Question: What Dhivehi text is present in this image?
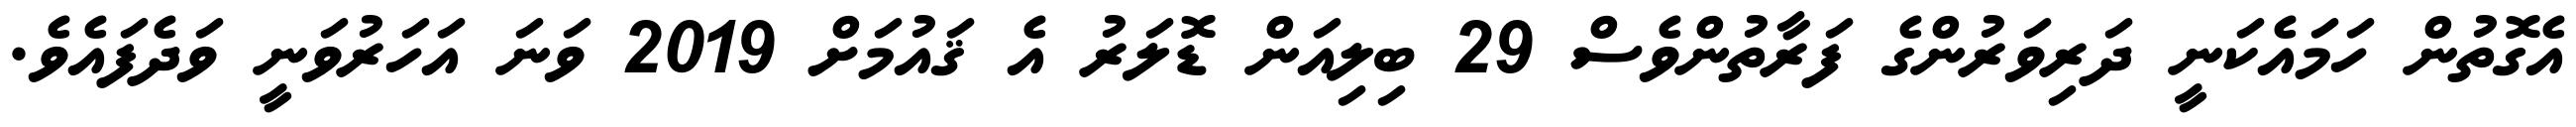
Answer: އެގޮތުން ހަމައެކަނީ ދަރިވަރުންގެ ފަރާތުންވެސް 29 ބިލިއަން ޑޮލަރު އެ ޤައުމަށް 2019 ވަނަ އަހަރުވަނީ ވަދެފައެވެ.